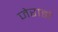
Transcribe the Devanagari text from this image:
जेरार्डो